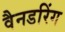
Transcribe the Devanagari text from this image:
वैनडरिंग